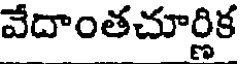
వేదాంతచూర్ణిక